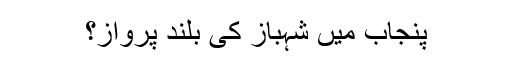
پنجاب میں شہباز کی بلند پرواز؟